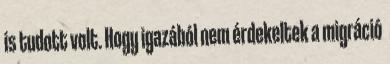
is tudott volt. Hogy igazából nem érdekeltek a migráció